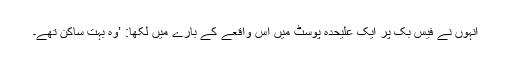
انہوں نے فیس بک پر ایک علیحدہ پوسٹ میں اس واقعے کے بارے میں لکھا: ’وہ بہت ساکن تھے۔